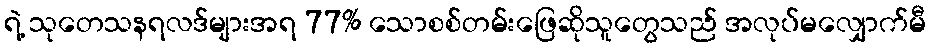
ရဲ့ သုတေသနရလဒ်များအရ 77% သောစစ်တမ်းဖြေဆိုသူတွေသည် အလုပ်မလျှောက်မီ